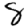
Digit: 8